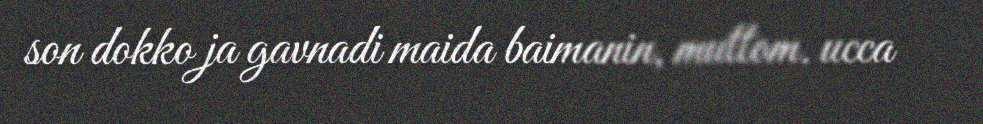
son dokko ja gavnadi maida baimanin, muttom. ucca